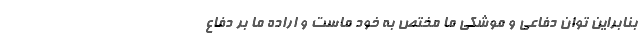
بنابراین توان دفاعی و موشکی ما مختص به خود ماست و اراده ما بر دفاع